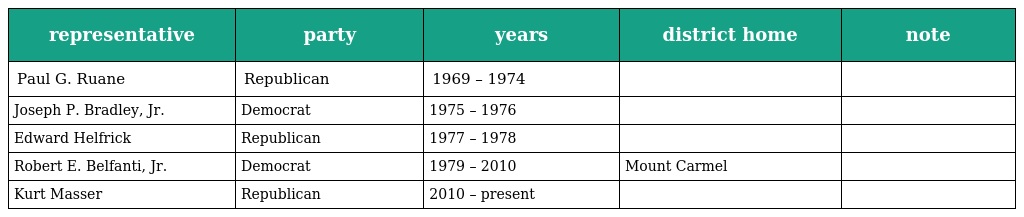
| representative | party | years | district home | note |
 | --- | --- | --- | --- | --- |
 | Paul G. Ruane | Republican | 1969 – 1974 |  |  |
 | Joseph P. Bradley, Jr. | Democrat | 1975 – 1976 |  |  |
 | Edward Helfrick | Republican | 1977 – 1978 |  |  |
 | Robert E. Belfanti, Jr. | Democrat | 1979 – 2010 | Mount Carmel |  |
 | Kurt Masser | Republican | 2010 – present |  |  |